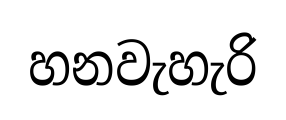
හනවැහැරි